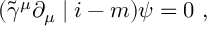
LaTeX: ( \tilde { \gamma } ^ { \mu } \partial _ { \mu } \mid i - m ) \psi = 0 ~ ,